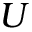
U